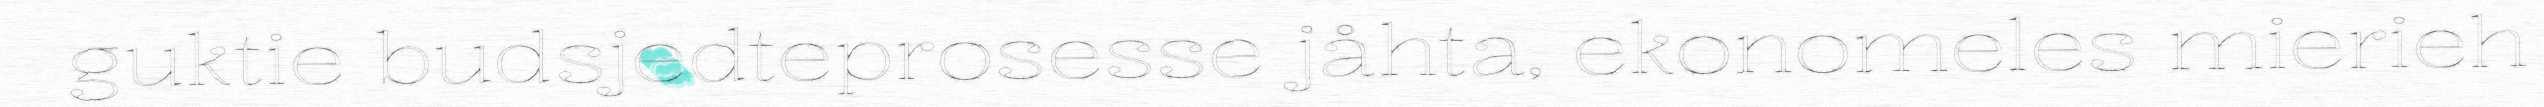
guktie budsjedteprosesse jåhta, ekonomeles mierieh